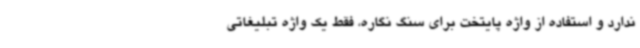
ندارد و استفاده از واژه پایتخت برای سنگ نگاره، فقط یک واژه تبلیغاتی